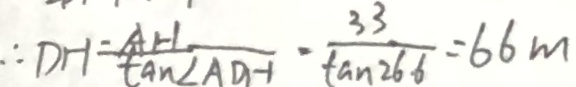
\therefore D H = \frac { A H } { \tan \angle A D H } \cdot \frac { 3 3 } { \tan 2 6 6 } = 6 6 m